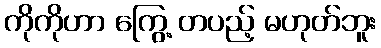
ကိုကိုဟာ ကြွေ့ တပည့် မဟုတ်ဘူး